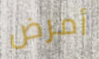
أمرض